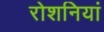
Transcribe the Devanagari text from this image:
रोशनियां